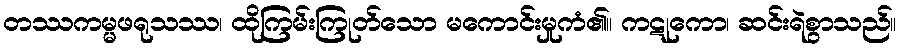
တဿကမ္မဖရုသဿ၊ ထိုကြမ်းကြုတ်သော မကောင်းမှုကံ၏။ ကဋုကော၊ ဆင်းရဲစွာသည်။